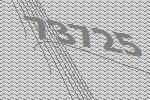
73725